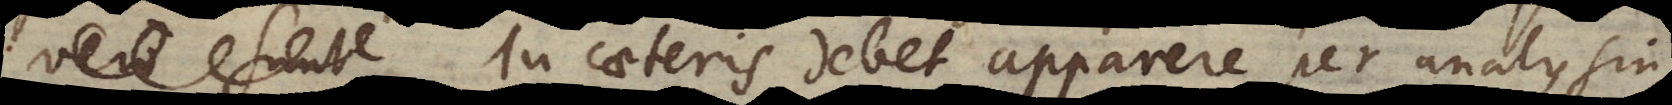
vero sunt In caeteris debet apparere per analysin